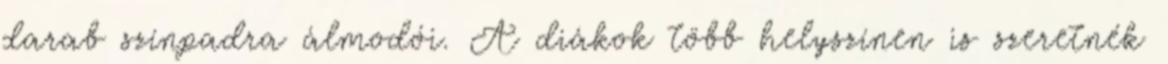
darab színpadra álmodói. A diákok több helyszínen is szeretnék